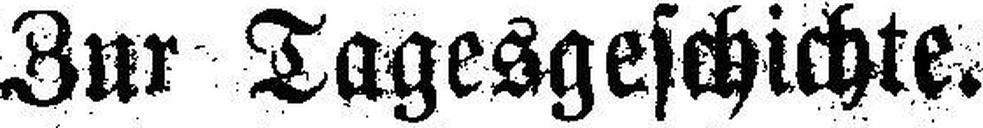
Zur Tagesgeschichte.